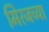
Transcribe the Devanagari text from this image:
मिरजच्या